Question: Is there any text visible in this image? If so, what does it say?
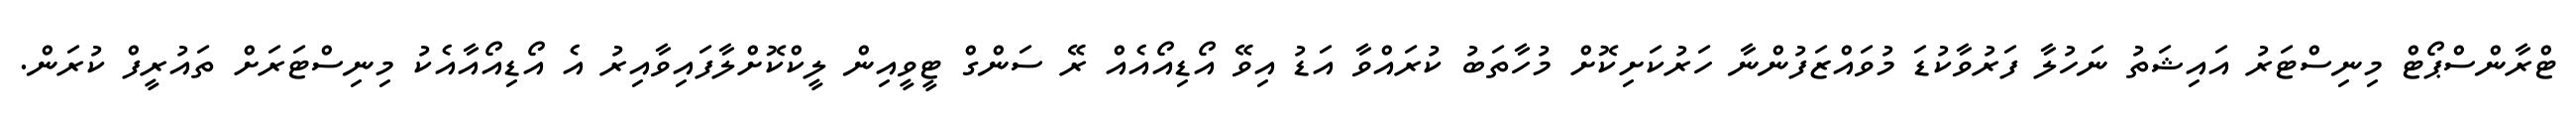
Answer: ޓްރާންސްޕޯޓް މިނިސްޓަރު އައިޝަތު ނަހުލާ ފަރުވާކުޑަ މުވައްޒަފުންނާ ހަރުކަށިކޮށް މުހާތަބު ކުރައްވާ އަޑު އިވޭ އޯޑިއޯއެއް ރޭ ސަންގް ޓީވީއިން ލީކްކޮށްލާފައިވާއިރު އެ އޯޑިއޯއާއެކު މިނިސްޓަރަށް ތައުރީފް ކުރަން.